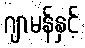
ဂျာမန်နှင့်